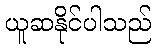
ယူဆနိုင်ပါသည်